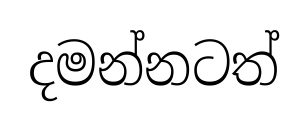
දමන්නටත්